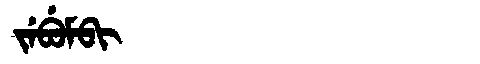
Manchu: ᠵᡝᠪᡠᠮᠪᡳ
Romanization: JEBUMBI